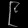
Digit: ၉